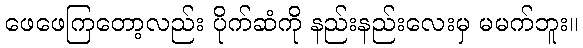
ဖေဖေကြတော့လည်း ပိုက်ဆံကို နည်းနည်းလေးမှ မမက်ဘူး။